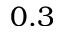
0 . 3